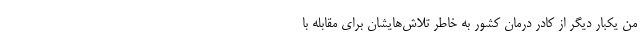
من یکبار دیگر از کادر درمان کشور به خاطر تلاش‌هایشان برای مقابله با